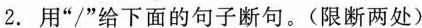
2.用”/”给下面的句子断句。(限断两处)